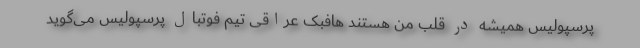
پرسپولیس همیشه در قلب من هستند هافبک عراقی تیم فوتبال پرسپولیس می‌گوید